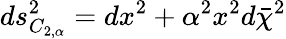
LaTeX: ds_{C_{2,\alpha}}^{2}=dx^{2}+\alpha^{2}x^{2}d\bar{\chi}^{2}